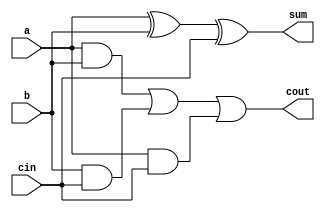
// 1  - 
module full_adder5(a,b,cin,sum,cout);
input a,b,cin;
output sum,cout;
reg cout,m1,m2,m3;
wire s1;

// 
xor x1(s1,a,b);

// always
always @(a or b or cin) begin
    m1 = a & b;
    m2 = b & cin;
    m3 = a & cin;
    cout = (m1 | m2) | m3;
end

// assign
assign
    sum = s1 ^ cin;
    
endmodule